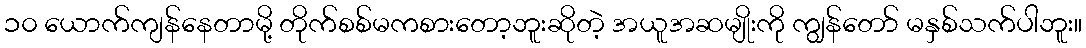
၁၀ ယောက်ကျန်နေတာမို့ တိုက်စစ်မကစားတော့ဘူးဆိုတဲ့ အယူအဆမျိုးကို ကျွန်တော် မနှစ်သက်ပါဘူး။